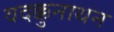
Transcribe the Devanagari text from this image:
वदक्कुनाथन